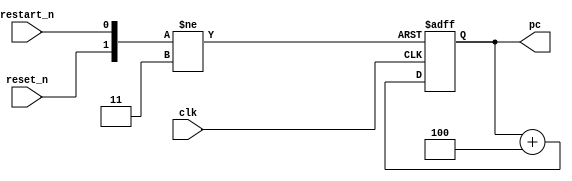
`timescale 1ns/1ns

module dongwon_cpu
#(
    parameter ADDR_WIDTH = 8
)
(
    input reset_n,
    input clk,
    input restart_n,
    output reg [ADDR_WIDTH-1:0] pc
);


//program counter
always @(posedge clk or negedge reset_n or negedge restart_n) begin
    if (!reset_n)
        pc <= 8'b0;    

    else if(!restart_n)
        pc <=0;
    else
        pc <= pc + 4;
end

endmodule